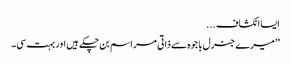
ایسا انکشاف ...
’’میرے جنرل باجوہ سے ذاتی مراسم بن چکے ہیں اور بہت سی۔